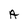
Character: A